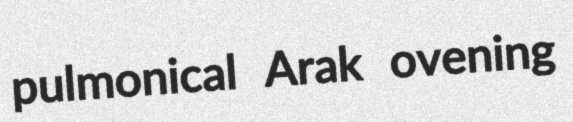
pulmonical Arak ovening